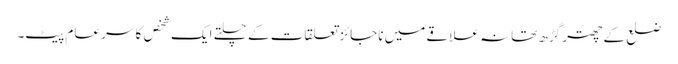
ضلع کے چھتر گڑھ تھانہ علاقے میں ناجائز تعلقات کے چلتے ایک شخص کا سر عام پیٹ۔